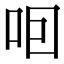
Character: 𠰸